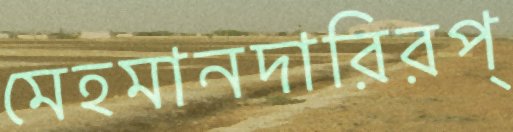
মেহমানদারিরপ্